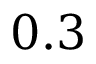
0 . 3